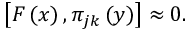
\left[ F \left( x \right) , \pi _ { j k } \left( y \right) \right] \approx 0 .